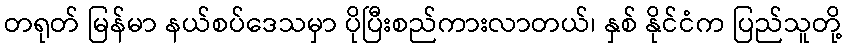
တရုတ် မြန်မာ နယ်စပ်ဒေသမှာ ပိုပြီးစည်ကားလာတယ်၊ နှစ် နိုင်ငံက ပြည်သူတို့